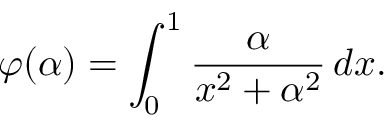
\varphi ( \alpha ) = \int _ { 0 } ^ { 1 } { \frac { \alpha } { x ^ { 2 } + \alpha ^ { 2 } } } \, d x .